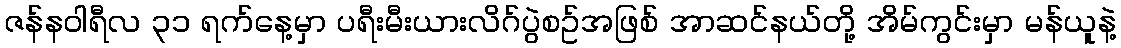
ဇန်နဝါရီလ ၃၁ ရက်နေ့မှာ ပရီးမီးယားလိဂ်ပွဲစဥ်အဖြစ် အာဆင်နယ်တို့ အိမ်ကွင်းမှာ မန်ယူနဲ့